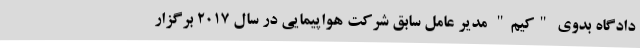
دادگاه بدوی "کیم" مدیر عامل سابق شرکت هواپیمایی در سال 2017 برگزار